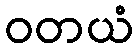
ဝတယံ